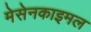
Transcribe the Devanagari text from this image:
मेसेनकाइमल